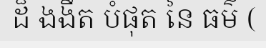
ដ៏ ងងឹត បំផុត នៃ ធម៌ (